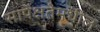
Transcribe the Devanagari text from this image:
सापेक्षतेमधील